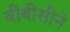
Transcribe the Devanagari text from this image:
बीबीसीने